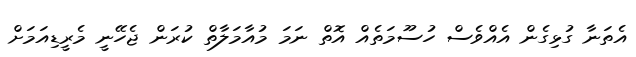
އެތަނާ ގުޅިގެން އެއްވެސް ހުސޫމަތެއް އޮތް ނަމަ މުއާމަލާތް ކުރަން ޖެހޭނީ މެރީޑިއަމަށް